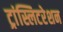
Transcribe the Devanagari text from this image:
ट्रांस्लिटरेशन